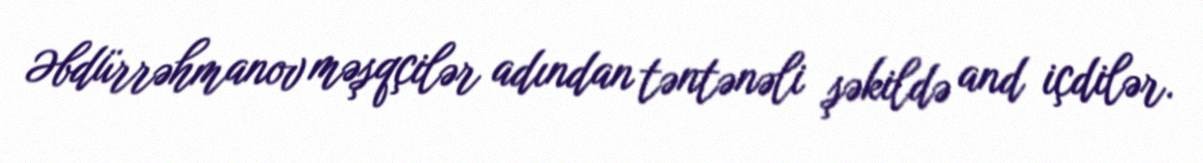
Əbdürrəhmanov məşqçilər adından təntənəli şəkildə and içdilər.